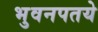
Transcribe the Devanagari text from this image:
भुवनपतये